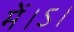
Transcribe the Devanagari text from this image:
में।ऽ।